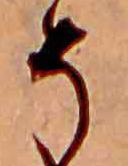
そ